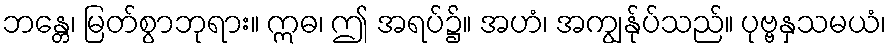
ဘန္တေ၊ မြတ်စွာဘုရား။ ဣဓ၊ ဤ အရပ်၌။ အဟံ၊ အကျွန်ုပ်သည်။ ပုဗ္ဗနှသမယံ၊